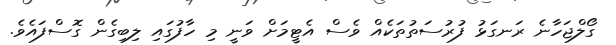
ގޯލްޖަހާނެ ރަނގަޅު ފުރުސަތުތަކެއް ވެސް އެޓީމަށް ވަނީ މި ހާފުގައި ލިބިގެން ގޮސްފައެވެ.